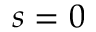
s = 0